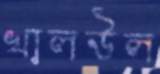
খালউল